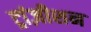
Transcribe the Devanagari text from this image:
ट्रांज़ीशन